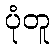
ပုံတူ